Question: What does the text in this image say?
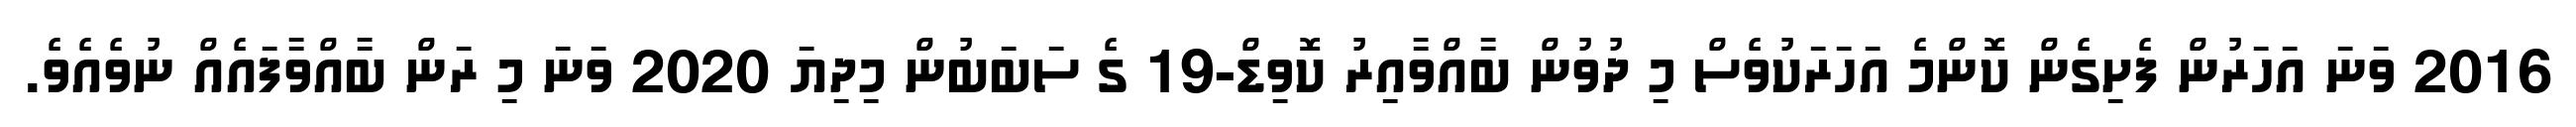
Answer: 2016 ވަނަ އަހަރުން ފެށިގެން ކޮންމެ އަހަރަކުވެސް މި ދުވުން ބާއްވާއިރު ކޮވިޑް-19 ގެ ސަބަބުން މިދިޔަ 2020 ވަނަ މި ރަން ބާއްވާފައެއް ނުވެއެވެ.